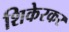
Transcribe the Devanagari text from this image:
शिकेरकर